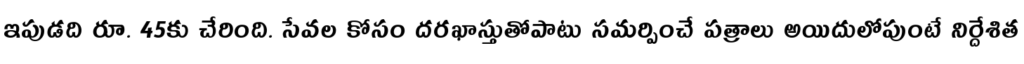
ఇపుడది రూ. 45కు చేరింది. సేవల కోసం దరఖాస్తుతోపాటు సమర్పించే పత్రాలు అయిదులోపుంటే నిర్దేశిత